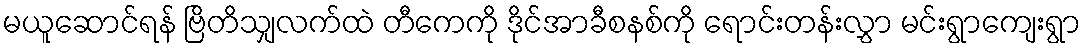
မယူဆောင်ရန် ဗြိတိသျှလက်ထဲ တီကေကို ဒိုင်အာခီစနစ်ကို ရောင်းတန်းလွှာ မင်းရွာကျေးရွာ